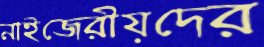
নাইজেরীয়দের